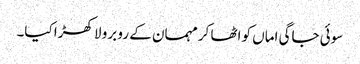
سوئی جاگی اماں کو اٹھا کر مہمان کے رو برو لا کھڑا کیا۔